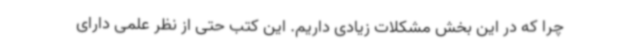
چرا که در این بخش مشکلات زیادی داریم. این کتب حتی از نظر علمی دارای